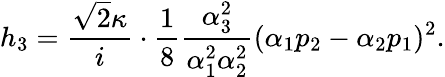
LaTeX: h_{3}=\frac{\sqrt{2}\kappa}{i}\cdot\frac{1}{8}\frac{\alpha_{3}^{2}}{\alpha_{1}^{2}\alpha_{2}^{2}}(\alpha_{1}p_{2}-\alpha_{2}p_{1})^{2}.